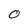
Character: 0